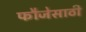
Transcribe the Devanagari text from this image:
फौजेसाठी